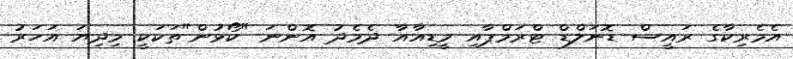
އެމެރިކާގެ ރައީސް ޑޮނަލްޑް ޓްރަމްޕާއި މީޑިއާއާ ދެމެދު އޮންނަ "ކޯޅުން"ތަކަކީ މިދިޔަ އަހަރު